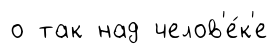
о так над челов'е́к'е